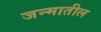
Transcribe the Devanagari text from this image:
जन्‍मातील